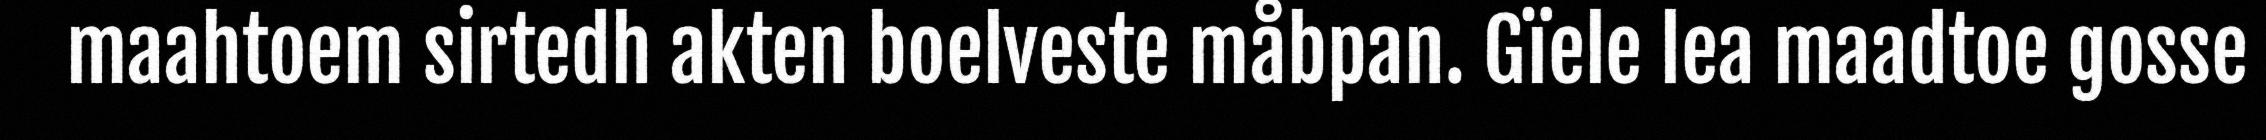
maahtoem sirtedh akten boelveste måbpan. Gïele lea maadtoe gosse